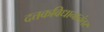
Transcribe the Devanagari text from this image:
दत्तकविधानानंतर